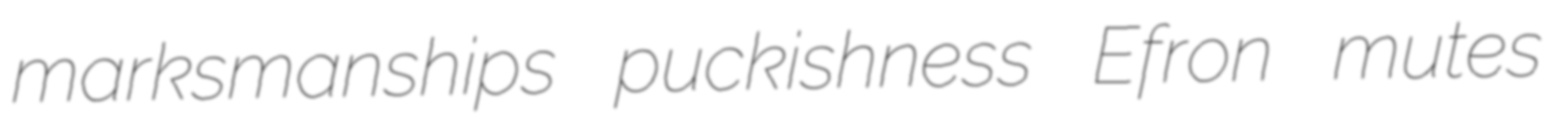
marksmanships puckishness Efron mutes